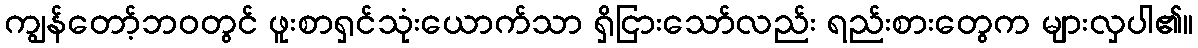
ကျွန်တော့်ဘဝတွင် ဖူးစာရှင်သုံးယောက်သာ ရှိငြားသော်လည်း ရည်းစားတွေက များလှပါ၏။